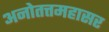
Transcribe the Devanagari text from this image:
अनोतत्तमहासर